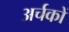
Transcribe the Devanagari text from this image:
अर्चकों